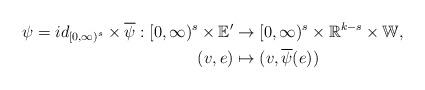
LaTeX: \begin{align*}\psi = id_{[0,\infty)^s} \times \overline{\psi} : [0,\infty)^s \times \mathbb{E}' &\rightarrow [0,\infty)^s \times \mathbb{R}^{k-s} \times \mathbb{W},\\(v,e) &\mapsto (v, \overline{\psi}(e))\end{align*}